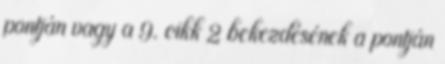
pontján vagy a 9. cikk 2 bekezdésének a pontján